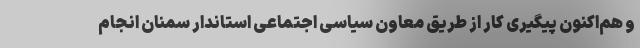
و هم‌اکنون پیگیری کار از طریق معاون سیاسی اجتماعی استاندار سمنان انجام